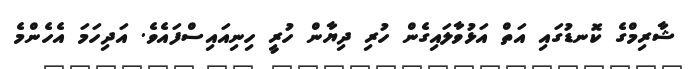
ޝާރިމްގެ ކޮނޑުގައި އަތް އަޅުވާލައިގެން ހުރި ދިޔާން ހުރީ ހިނިއައިސްފައެވެ. އަދިހަމަ އެހެންމެ